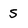
Character: s